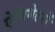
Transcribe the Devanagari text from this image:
ऐनिमेटरों